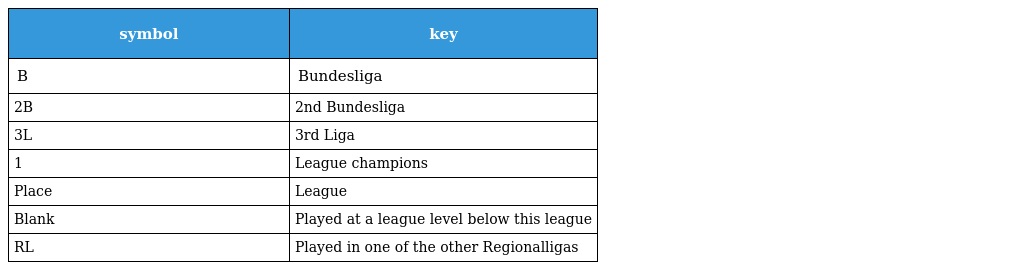
| symbol | key |
 | --- | --- |
 | B | Bundesliga |
 | 2B | 2nd Bundesliga |
 | 3L | 3rd Liga |
 | 1 | League champions |
 | Place | League |
 | Blank | Played at a league level below this league |
 | RL | Played in one of the other Regionalligas |